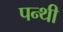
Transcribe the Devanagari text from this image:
पन्थी